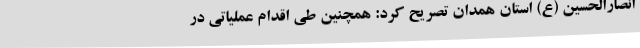
انصارالحسین (ع) استان همدان تصریح کرد: همچنین طی اقدام عملیاتی در